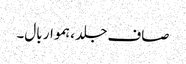
صاف جلد ، ہموار بال۔